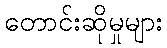
တောင်းဆိုမှုများ